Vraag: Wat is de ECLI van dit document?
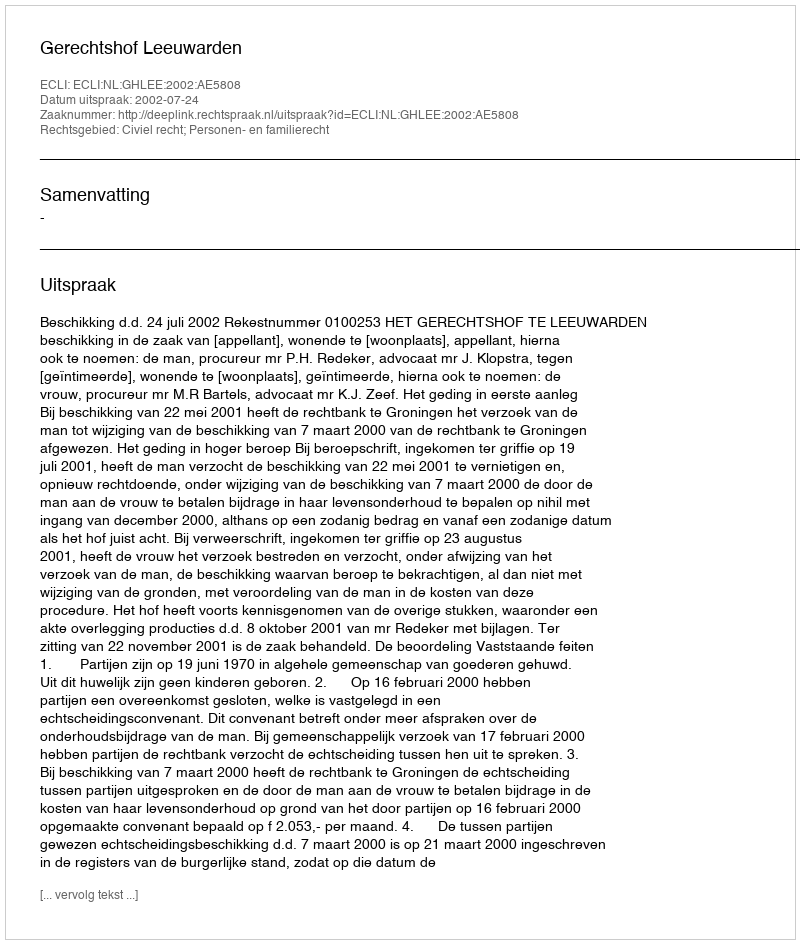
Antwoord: ECLI:NL:GHLEE:2002:AE5808